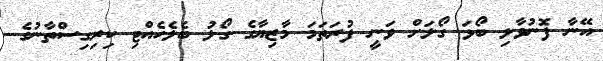
އޭނާ ފޮނުވާލި ބޯޅަ ގޯލަށް ވަނީ ފުރަތަމަ މާޒިޔާގެ ގޯލު ބެލެހެއްޓި ކިރިގިސްތާނުގެ